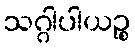
သဂ္ဂါပါယဉ္စ